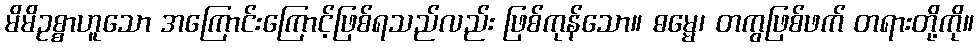
မိမိဥစ္စာဟူသော အကြောင်းကြောင့်ဖြစ်ရသည်လည်း ဖြစ်ကုန်သော။ ဓမ္မေ၊ တကွဖြစ်ဖက် တရားတို့ကို။